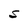
Character: S